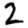
Digit: 2